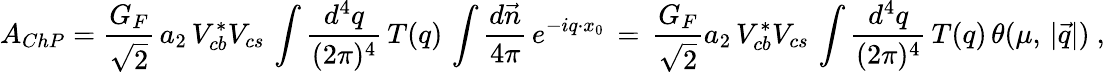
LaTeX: A_{ChP}={\frac{G_{F}}{\sqrt{2}}}\, a_{2}\, V_{cb}^{*}V_{cs}\, \int\frac{d^{4}q}{(2\pi)^{4}}\, T(q)\, \int\frac{d\vec{n}}{4\pi}\, e^{-iq\cdot x_{0}}\, =\, {\frac{G_{F}}{\sqrt{2}}}a_{2}\, V_{cb}^{*}V_{cs}\, \int\frac{d^{4}q}{(2\pi)^{4}}\, T(q)\, \theta(\mu,\, |\vec{q}|)\ ,